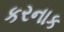
કરનાક